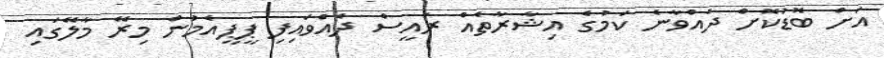
އަށް ބޮޑުކޮށް ދެއްވާނެ ކަމުގެ އިޝާރާތެއް ރައީސް ދެއްވައިފި ޕީޕީއެމުން މިރޭ މާލޭގައި